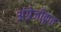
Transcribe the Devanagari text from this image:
अंग्रेजीकृत